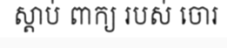
ស្តាប់ ពាក្យ របស់ ចោរ